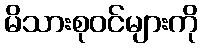
မိသားစုဝင်များကို